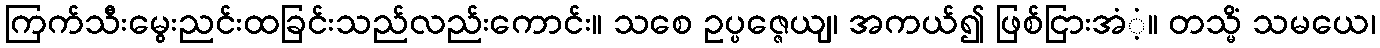
ကြက်သီးမွေးညင်းထခြင်းသည်လည်းကောင်း။ သစေ ဥပ္ပဇ္ဇေယျ၊ အကယ်၍ ဖြစ်ငြားအံံ့။ တသ္မိံ သမယေ၊